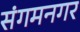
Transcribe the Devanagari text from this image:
संगमनगर